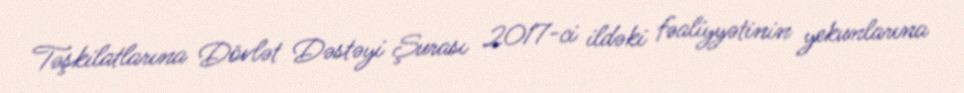
Təşkilatlarına Dövlət Dəstəyi Şurası 2017-ci ildəki fəaliyyətinin yekunlarına